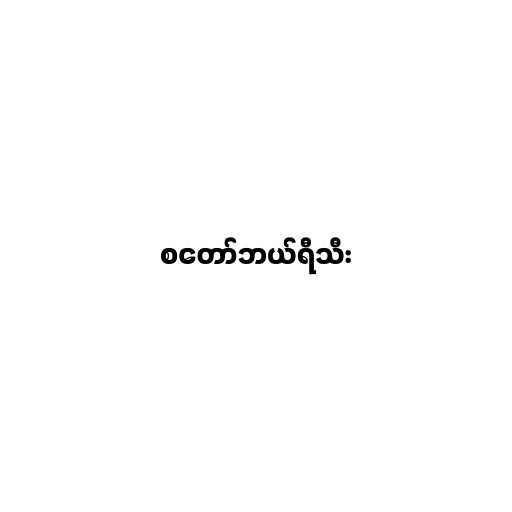
စတော်ဘယ်ရီသီး